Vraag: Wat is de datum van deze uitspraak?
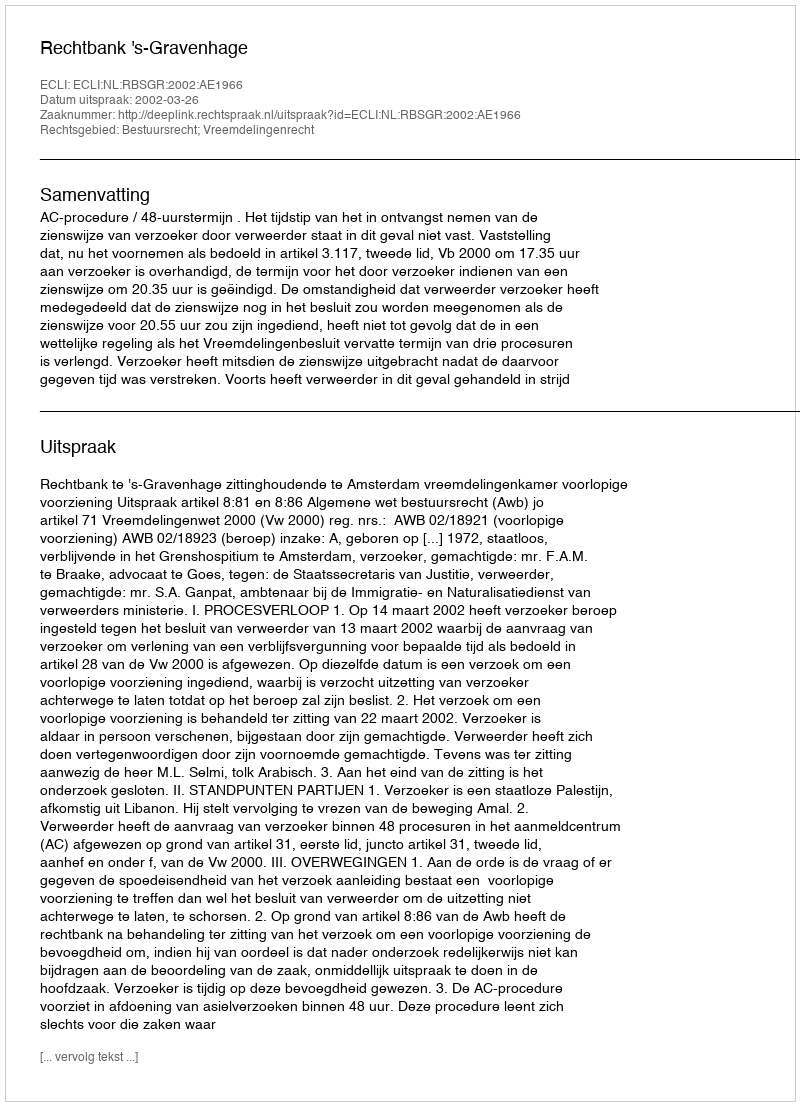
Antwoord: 2002-03-26